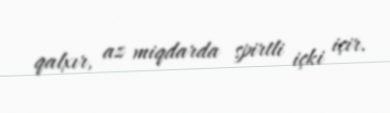
qalxır, az miqdarda spirtli içki içir.